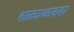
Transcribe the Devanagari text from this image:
काळाआडवा